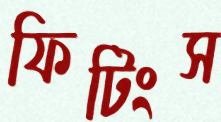
ফিটিংস